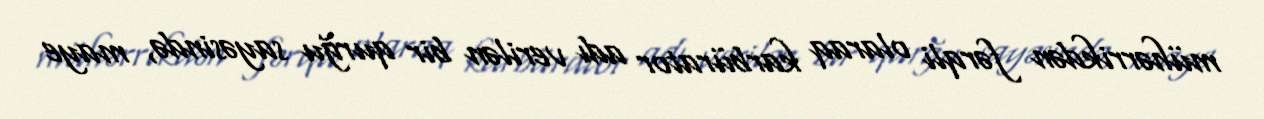
mühərrikdən fərqli olaraq karbürator adı verilən bir qurğu sayəsində, maye